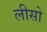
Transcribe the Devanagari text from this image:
लीसो